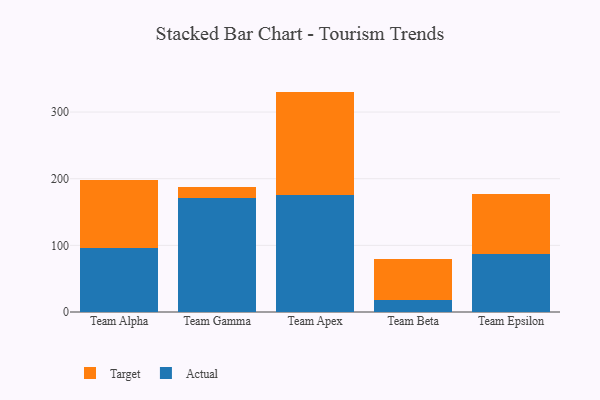
{"axis": {"x": "Team", "y": "Budget (USD K)"}, "legend": ["Actual", "Target"], "data": [{"x": "Team Alpha", "y": 96.7, "type": "Actual"}, {"x": "Team Alpha", "y": 101.6, "type": "Target"}, {"x": "Team Gamma", "y": 171.6, "type": "Actual"}, {"x": "Team Gamma", "y": 16.6, "type": "Target"}, {"x": "Team Apex", "y": 175.6, "type": "Actual"}, {"x": "Team Apex", "y": 155.1, "type": "Target"}, {"x": "Team Beta", "y": 17.9, "type": "Actual"}, {"x": "Team Beta", "y": 61.9, "type": "Target"}, {"x": "Team Epsilon", "y": 86.4, "type": "Actual"}, {"x": "Team Epsilon", "y": 91.4, "type": "Target"}]}